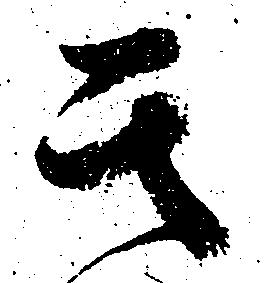
其